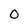
Character: 0